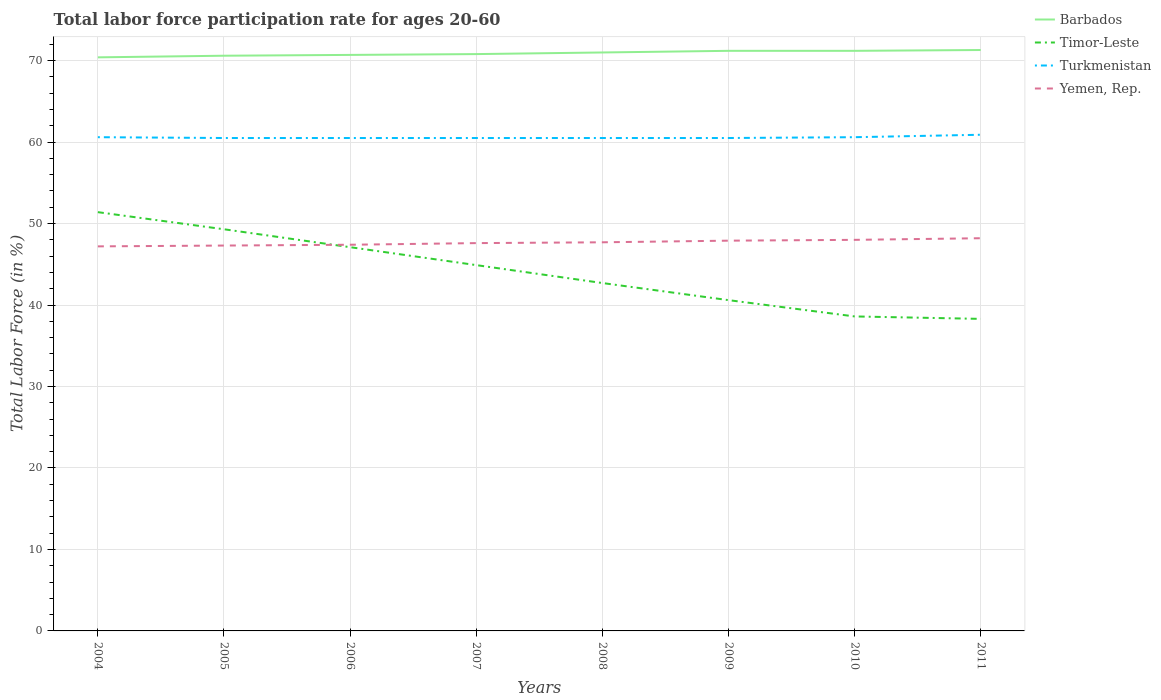
| Years | Barbados | Timor-Leste | Turkmenistan | Yemen, Rep. |
 | --- | --- | --- | --- | --- |
 | 2004 | 70.4 | 51.4 | 60.6 | 47.2 |
 | 2005 | 70.6 | 49.3 | 60.5 | 47.3 |
 | 2006 | 70.7 | 47.1 | 60.5 | 47.4 |
 | 2007 | 70.8 | 44.9 | 60.5 | 47.6 |
 | 2008 | 71 | 42.7 | 60.5 | 47.7 |
 | 2009 | 71.2 | 40.6 | 60.5 | 47.9 |
 | 2010 | 71.2 | 38.6 | 60.6 | 48 |
 | 2011 | 71.3 | 38.3 | 60.9 | 48.2 |